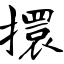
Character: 擐